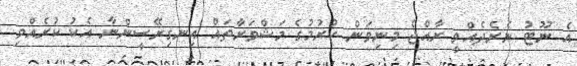
އެ ނޫޓު ނެރެދެއްވީ ރާއްޖެ މިނިވަން ކުރުމުގެ މަޝްވަރާތައް އިނގިރޭސީންނާ އެކު ކުރެއްވި